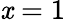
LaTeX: \mathit{x}=1